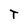
Character: T